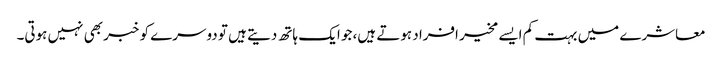
معاشرے میں بہت کم ایسے مخیر افراد ہوتے ہیں، جو ایک ہاتھ دیتے ہیں تو دوسرے کو خبر بھی نہیں ہوتی۔